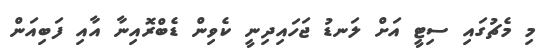
މި މެޗުގައި ސިޓީ އަށް ލަނޑު ޖަހައިދިނީ ކެވިން ޑެބްރޮއިނާ އާއި ފަބިއަން